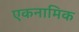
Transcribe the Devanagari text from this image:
एकनामिक